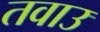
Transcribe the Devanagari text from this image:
तवाउ